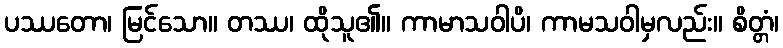
ပဿတော၊ မြင်သော။ တဿ၊ ထိုသူ၏။ ကာမာသဝါပိ၊ ကာမသဝါမှလည်း။ စိတ္တံ၊